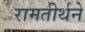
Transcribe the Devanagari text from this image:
रामतीर्थने